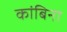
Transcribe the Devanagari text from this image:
कांबिना